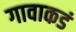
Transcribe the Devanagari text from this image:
गावाकडं